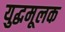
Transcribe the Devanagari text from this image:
युद्धमूलक